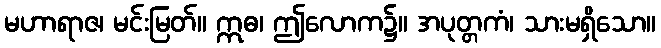
မဟာရာဇ၊ မင်းမြတ်။ ဣဓ၊ ဤလောက၌။ အပုတ္တကံ၊ သားမရှိသော။